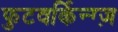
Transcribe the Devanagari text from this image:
फुटवर्किन्ग्ज़